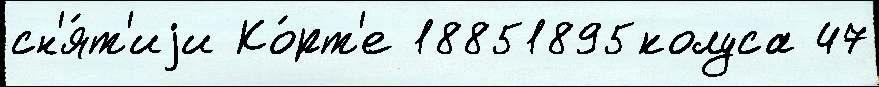
сн'я́т'иjи Ко́рт'е 18851895колуса 47